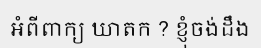
អំពីពាក្យ ឃាតក ? ខ្ញុំចង់ដឹង